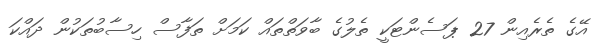
އޭގެ ތެރެއިން 27 ޕަސެންޓަކީ ތެލުގެ ބާވަތްތައް ކަމަށް ތަފާސް ހިސާބުތަކުން ދައްކަ